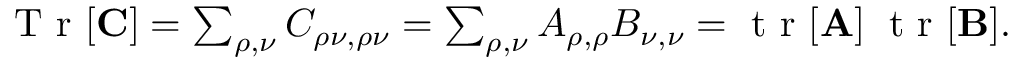
\begin{array} { r } { \ensuremath { \mathrm { ~ T ~ r ~ } } [ \ensuremath { \mathbf { C } } ] = \sum _ { \rho , \nu } C _ { \rho \nu , \rho \nu } = \sum _ { \rho , \nu } A _ { \rho , \rho } B _ { \nu , \nu } = \ensuremath { \mathrm { ~ t ~ r ~ } } [ \ensuremath { \mathbf { A } } ] \; \ensuremath { \mathrm { ~ t ~ r ~ } } [ \ensuremath { \mathbf { B } } ] . } \end{array}